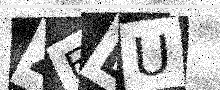
Text: ZFLU